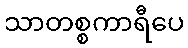
သာတစ္စကာရီပေ